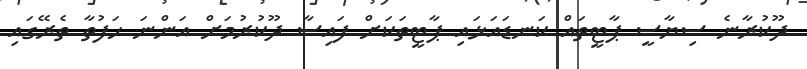
ދޫކުރާނެ ސިޔާސީ ޕާޓީތައް ކަނޑައަޅައި ޕާޓީތަކަށް ފައިސާ ދޫކުރުމަށް އަންނަ ހަފުތާ ތެރޭގައި